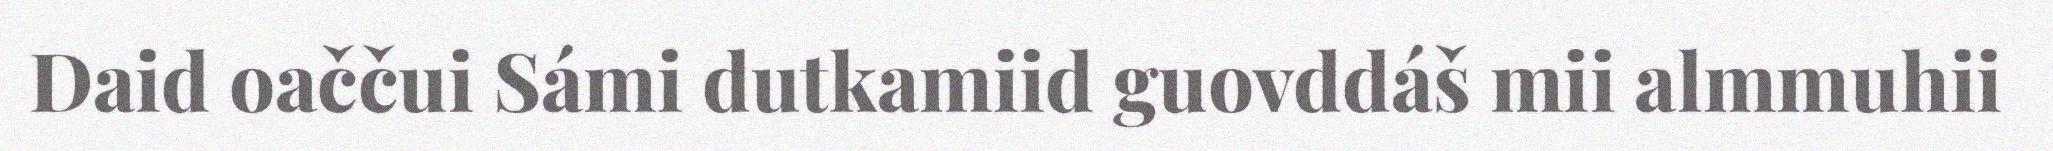
Daid oaččui Sámi dutkamiid guovddáš mii almmuhii